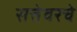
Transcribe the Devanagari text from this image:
सत्तेवरचे